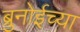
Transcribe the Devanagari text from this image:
ब्रुनोईच्या